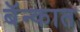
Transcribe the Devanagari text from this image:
बॅन्कात